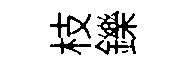
枝鑠